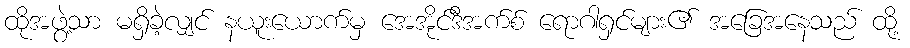
ထိုအဖွဲ့သာ မရှိခဲ့လျှင် နယူးယောက်မှ အေအိုင်ဒီအက်စ် ရောဂါရှင်များ၏ အခြေအနေသည် ထို့